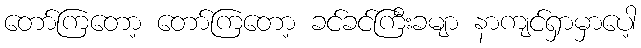
တော်ကြတော့ တော်ကြတော့ ခင်ခင်ကြီးခမျာ နာကျင်ရှာမှာပေါ့